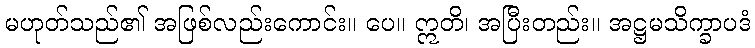
မဟုတ်သည်၏ အဖြစ်လည်းကောင်း။ ပေ။ ဣတိ၊ အပြီးတည်း။ အဋ္ဌမသိက္ခာပဒံ